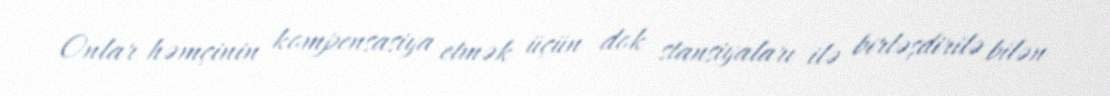
Onlar həmçinin kompensasiya etmək üçün dok stansiyaları ilə birləşdirilə bilən